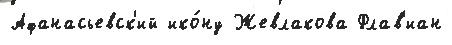
Афанасьевск'ий ико́ну Жевлакова Флав'иан